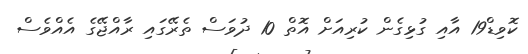
ކޮވިޑް19 އާއި ގުޅިގެން ކުރިއަށް އޮތް 10 ދުވަސް ތެރޭގައި ރާއްޖޭގެ އެއްވެސް